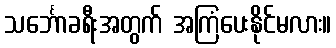
သင်္ဘောခရီးအတွက် အကြံပေးနိုင်မလား။